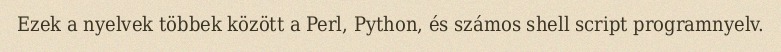
Ezek a nyelvek többek között a Perl, Python, és számos shell script programnyelv.